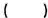
( )